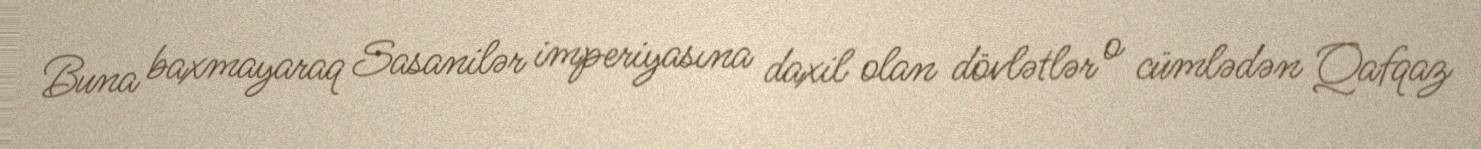
Buna baxmayaraq Sasanilər imperiyasına daxil olan dövlətlər o cümlədən Qafqaz